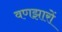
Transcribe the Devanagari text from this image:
वणझारों